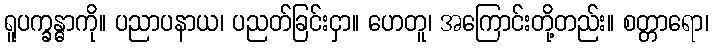
ရူပက္ခန္ဓာကို။ ပညာပနာယ၊ ပညတ်ခြင်းငှာ။ ဟေတူ၊ အကြောင်းတို့တည်း။ စတ္တာရော၊